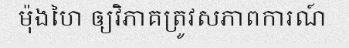
ម៉ុងហៃ ឲ្យវិភាគត្រូវសភាពការណ៍